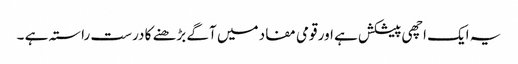
یہ ایک اچھی پیشکش ہے اور قومی مفاد میں آگے بڑھنے کا درست راستہ ہے ۔